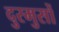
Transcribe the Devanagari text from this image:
दुरमुसों